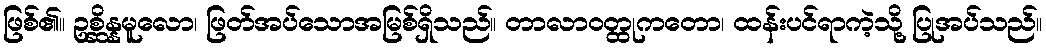
ဖြစ်၏။ ဥစ္ဆိန္နမူလော၊ ဖြတ်အပ်သောအမြစ်ရှိသည်။ တာလာဝတ္ထုကတော၊ ထန်းပင်ရာကဲ့သို့ ပြုအပ်သည်။